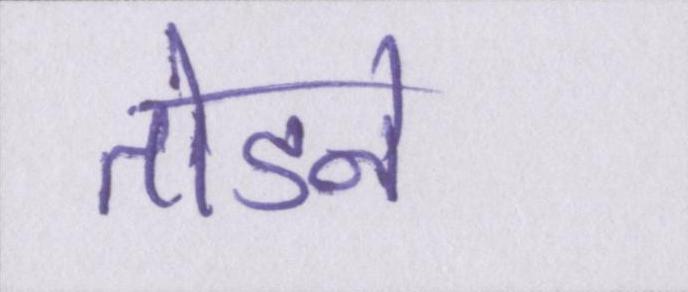
तोडने